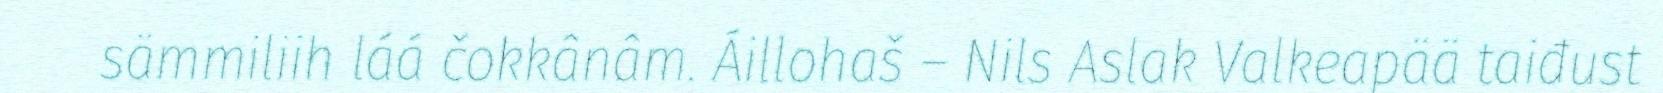
sämmiliih láá čokkânâm. Áillohaš – Nils Aslak Valkeapää taiđust